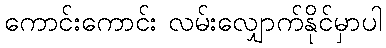
ကောင်းကောင်း လမ်းလျှောက်နိုင်မှာပါ